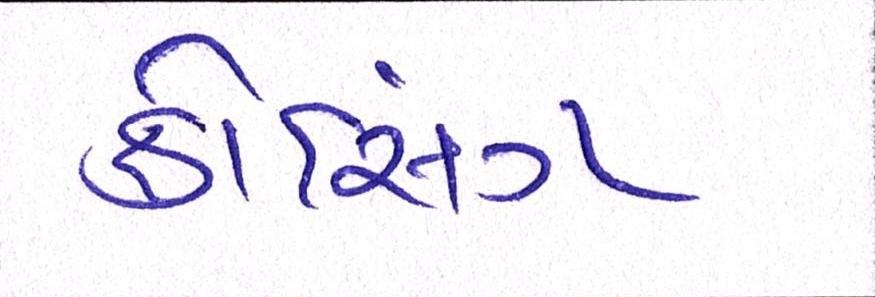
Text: ક્રોસિંગ